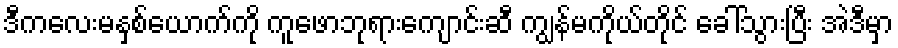
ဒီကလေးမနှစ်ယောက်ကို ကူဖောဘုရားကျောင်းဆီ ကျွန်မကိုယ်တိုင် ခေါ်သွားပြီး အဲဒီမှာ